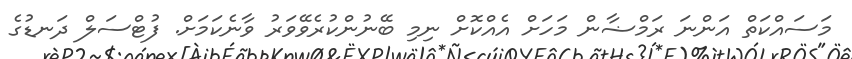
މަސައްކަތް އަންނަ ރަމްޟާން މަހަށް އެއްކޮށް ނިމި ބޭނުންކުރެވޭވަރު ވާނެކަމަށް. ފުޓްސަލް ދަނޑުގެ